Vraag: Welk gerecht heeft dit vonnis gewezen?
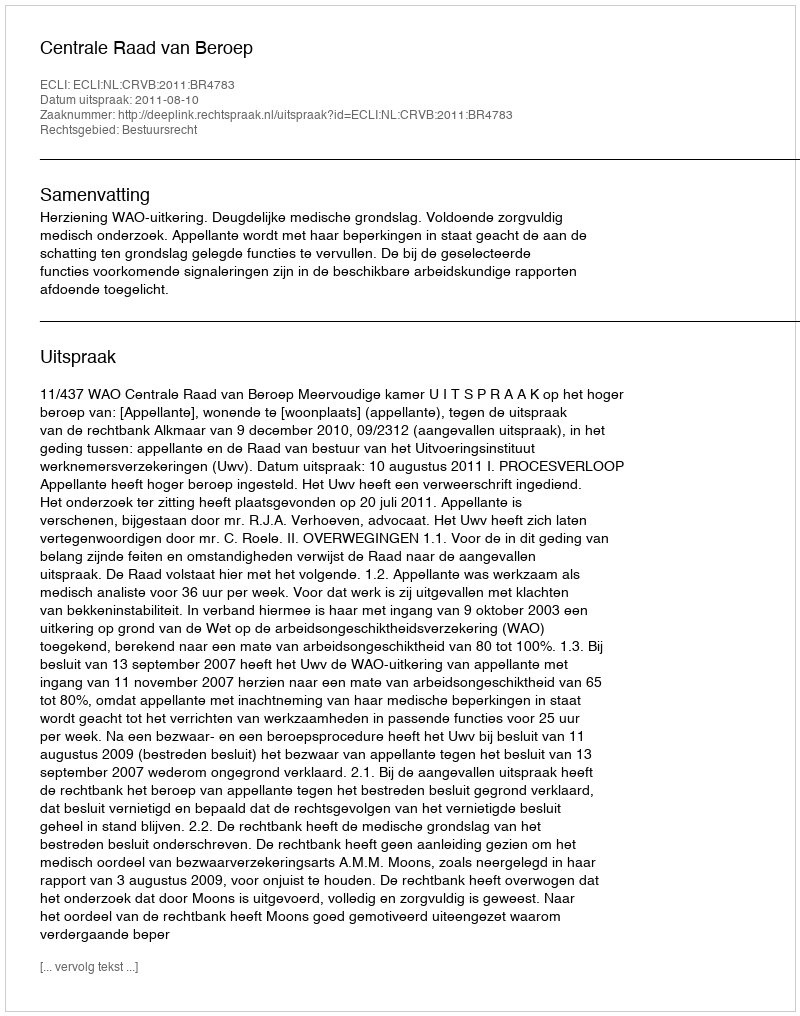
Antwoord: Centrale Raad van Beroep